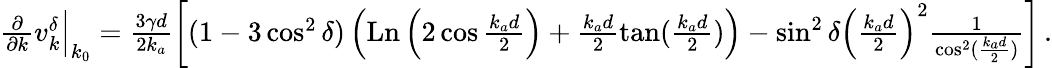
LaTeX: \begin{array}{r}{\frac{\partial}{\partial k}v_{k}^{\delta}\Bigr|_{k_{0}}=\frac{3\gamma d}{2k_{a}}\left[(1-3\cos^{2}\delta)\left(\operatorname{Ln}\left(2\cos\frac{k_{a}d}{2}\right)+\frac{k_{a}d}{2}\tan(\frac{k_{a}d}{2})\right)-\sin^{2}\delta\left(\frac{k_{a}d}{2}\right)^{2}\frac{1}{\cos^{2}(\frac{k_{a}d}{2})}\right]\, .}\end{array}